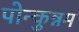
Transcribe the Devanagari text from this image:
पोन्कुन्नम